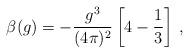
LaTeX: \begin{align*}\beta(g)=-\frac{g^3}{(4\pi)^2}\left[4-\frac13\right]\,,\end{align*}